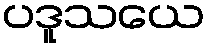
ပဒူသယေ